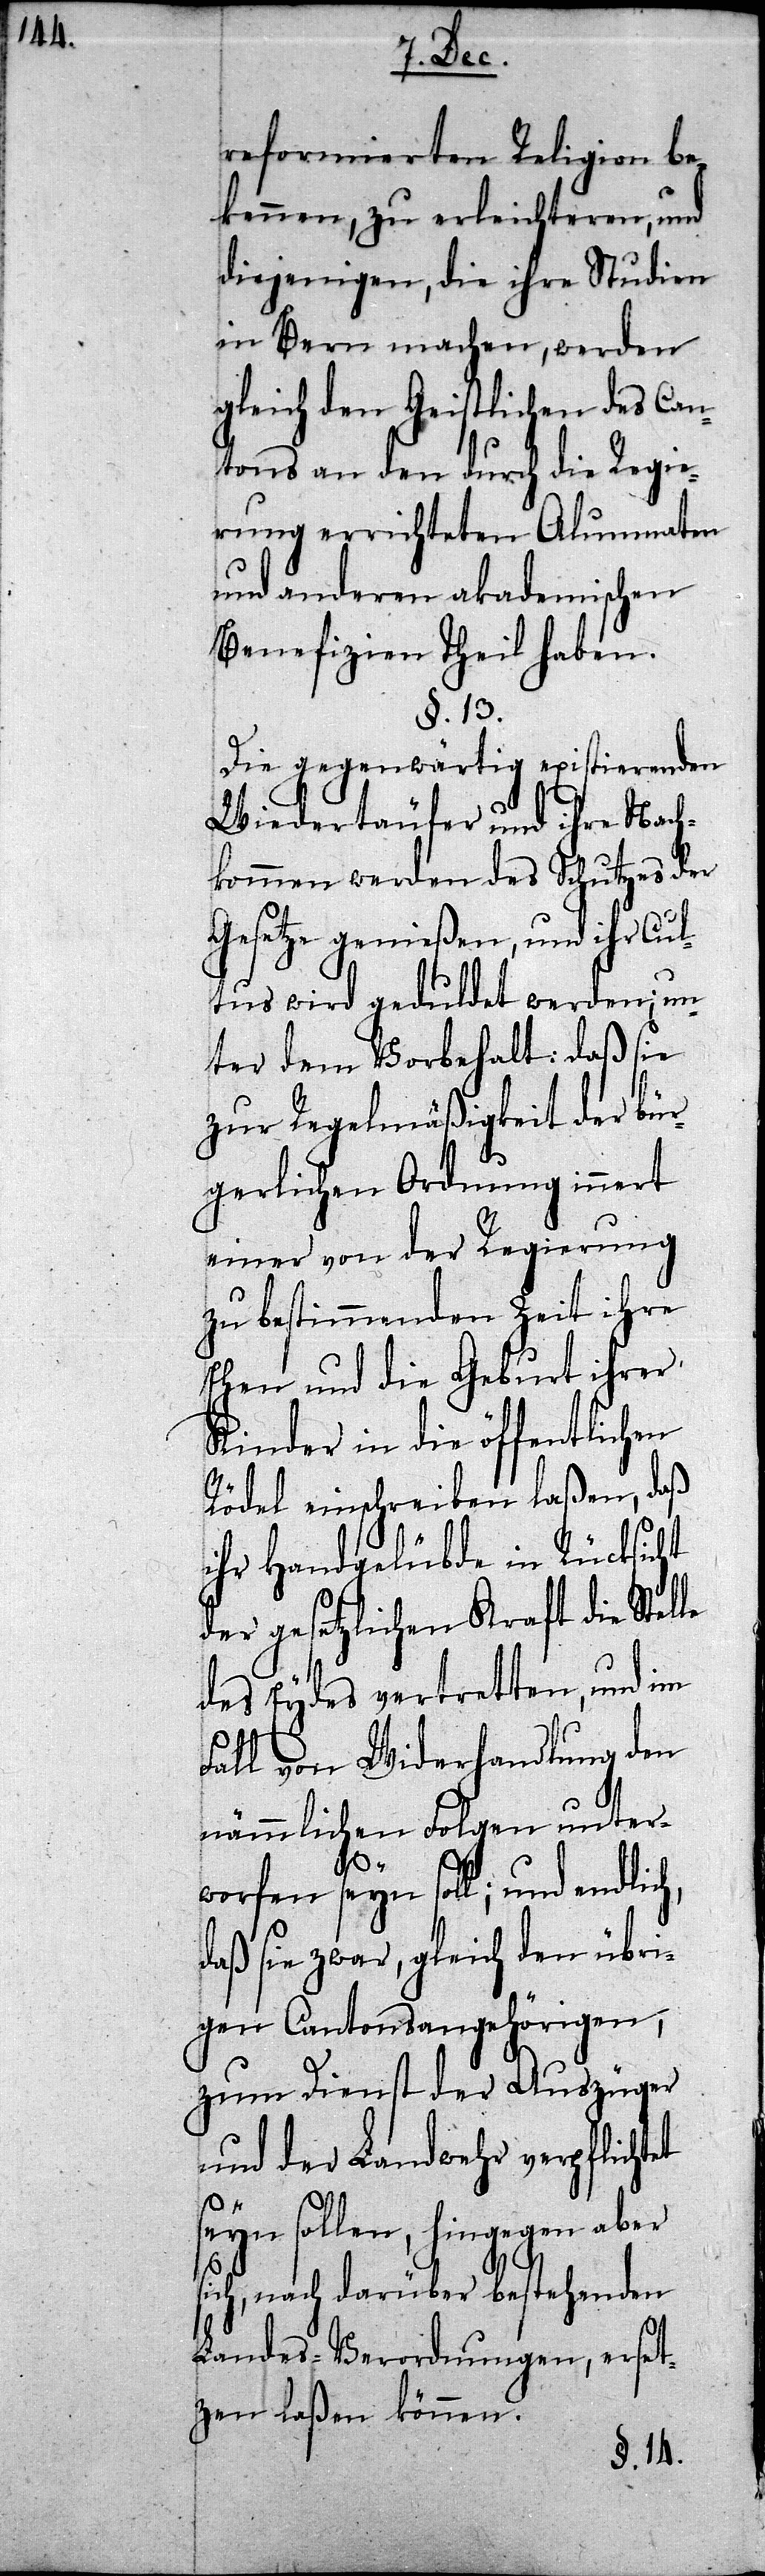
reformierten Religion be¬
kennen, zu erleichteren, und
diejenigen, die ihre Studien
in Bern machen, werden
gleich den Geistlichen des Can¬
Regie¬
tons an den durch die
mnaten
rung errichteten Alu¬
und anderen akademischen
Benefizien Theil haben.
§. 13.
Die gegenwärtig existierenden
Wiedertäufer und ihre Nach¬
kommen werden des Schutzes der
Gesetze genießen, und ihr Cul¬
tus wird geduldet werden; un¬
ter dem Vorbehalt: daß sie
zur Regelmäßigkeit der bür¬
gerlichen Ordnung innert
einer von der Regierung
zu bestimmenden Zeit ihre
Ehen und die Geburt ihrer
Kinder in die öffentlichen
Rödel einschreiben laßen, daß
ihr Handgelübde in Rücksicht
der gesetzlichen Kraft die Stelle
des Eydes vertretten, und im
Fall von Widerhandlung den
nämmlichen Folgen unter¬
worfen seyn soll; und endlic¬
daß sie zwar, gleich den übri¬
gen Cantonsangehörigen,
zum Dienst der Auszüger
und der Landwehr verpflichtet
seyn sollen, hingegen aber
sich, nach darüber bestehenden
Landes-Verordnungen, erset¬
zen laßen können.
h,